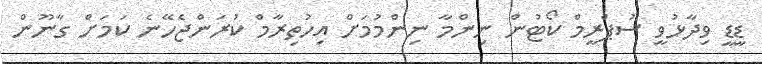
ޑީޑީ ވިދާޅުވީ ސުޕްރީމް ކޯޓުން ނިންމާ ނިންމުމަށް އިހުތިރާމް ކުރަންޖެހޭނެ ކަމަށް ގާނޫން